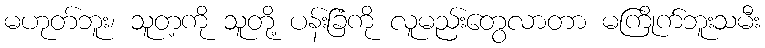
မဟုတ်ဘူး၊ သူတ့ကို သူတို့ ပန်းခြံကို လူမည်းတွေလာတာ မကြိုက်ဘူးသမီး